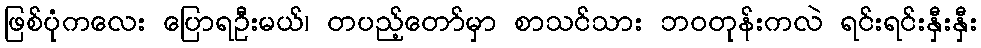
ဖြစ်ပုံကလေး ပြောရဦးမယ်၊ တပည့်တော်မှာ စာသင်သား ဘဝတုန်းကလဲ ရင်းရင်းနှီးနှီး